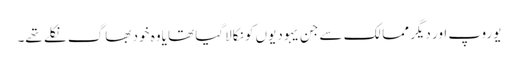
یوروپ اور دیگر ممالک سے جن یہودیوں کو نکالاگیا تھا یاوہ خود بھاگ نکلے تھے۔